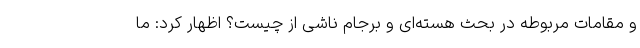
و مقامات مربوطه در بحث هسته‌ای و برجام ناشی از چیست؟ اظهار کرد: ما